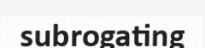
subrogating